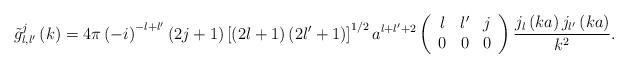
LaTeX: \begin{align*}\tilde{g}_{l,l^{\prime}}^{j}\left( k\right) =4\pi\left( -i\right)^{-l+l^{\prime}}\left( 2j+1\right) \left[ \left( 2l+1\right) \left(2l^{\prime}+1\right) \right] ^{1/2}a^{l+l^{\prime}+2}\left(\begin{array}[c]{ccc}l & l^{\prime} & j\\0 & 0 & 0\end{array}\right) \frac{j_{l}\left( ka\right) j_{l^{\prime}}\left( ka\right)}{k^{2}}.\end{align*}